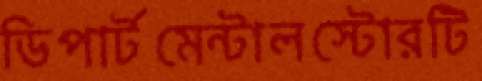
ডিপার্টমেন্টালস্টোরটি